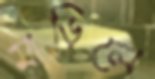
মাড়িলে